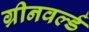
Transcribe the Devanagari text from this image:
ग्रीनवर्ल्ड